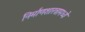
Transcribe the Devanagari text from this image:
निर्माणशास्त्रामध्ये